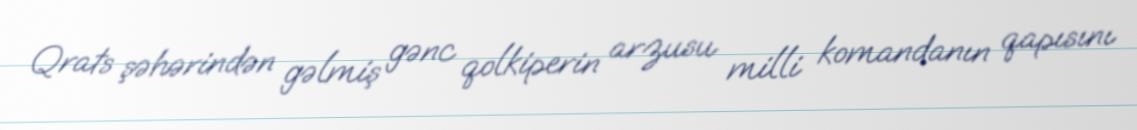
Qrats şəhərindən gəlmiş gənc qolkiperin arzusu milli komandanın qapısını